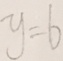
y = 6